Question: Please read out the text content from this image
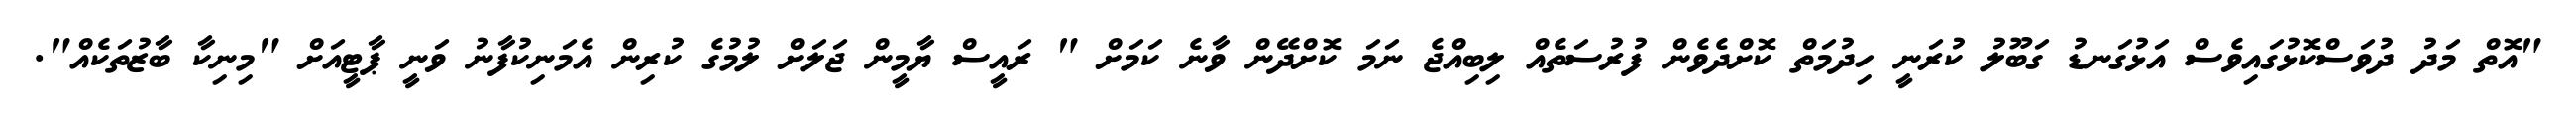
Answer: "އޮތް މަދު ދުވަސްކޮޅުގައިވެސް އަޅުގަނޑު ގަބޫލު ކުރަނީ ހިދުމަތް ކޮށްދެވެން ފުރުސަތެއް ލިބިއްޖެ ނަމަ ކޮށްދޭން ވާނެ ކަމަށް " ރައީސް ޔާމީން ޖަލަށް ލުމުގެ ކުރިން އެމަނިކުފާނު ވަނީ ޕާޓީއަށް "މިނިކާ ބާޒުތަކެއް".